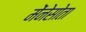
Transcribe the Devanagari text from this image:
मेंनेसोता